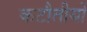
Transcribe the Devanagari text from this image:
कटौतीयों